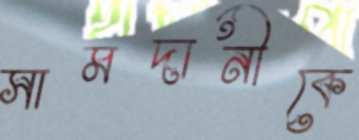
সামদানীকে